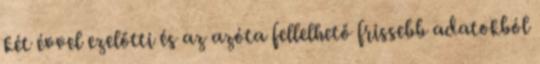
két évvel ezelőtti és az azóta fellelhető frissebb adatokból